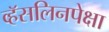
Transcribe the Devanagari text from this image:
व्हॅसलिनपेक्षा